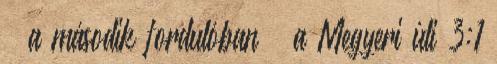
— a második fordulóban — a Megyeri úti 3:1